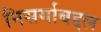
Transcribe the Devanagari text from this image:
निसर्गाबद्दल